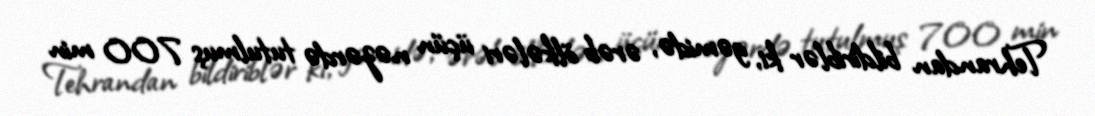
Tehrandan bildiriblər ki, gəmidə, ərəb ölkələri üçün nəzərdə tutulmuş 700 min